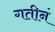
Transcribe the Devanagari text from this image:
गतीनं